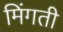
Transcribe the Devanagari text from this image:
मिंगती